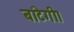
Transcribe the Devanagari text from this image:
बांटेगी।